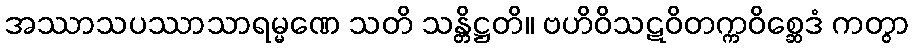
အဿာသပဿာသာရမ္မဏေ သတိ သန္တိဋ္ဌတိ။ ဗဟိဝိသဋဝိတက္ကဝိစ္ဆေဒံ ကတွာ